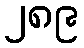
၂၈၉